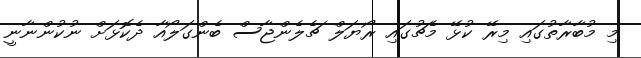
މި މުބާރާތުގައި މިރޭ ކުޅޭ މެޗުގައި ރޯޔަލް ޗެލެންޖާސް ބެންގަލޯއާ ދެކޮޅަށް ނުކުންނާނީ